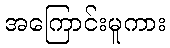
အကြောင်းမူကား